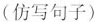
(仿写句子)